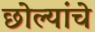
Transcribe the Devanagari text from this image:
छोल्यांचे